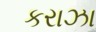
કરાઝા